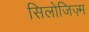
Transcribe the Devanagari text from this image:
सिलोजिज़्म